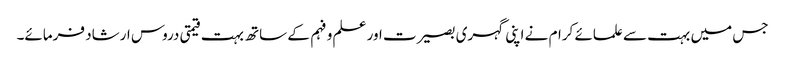
جس میں بہت سے علمائے کرام نے اپنی گہری بصیرت اور علم و فہم کے ساتھ بہت قیمتی دروس ارشاد فرمائے۔